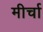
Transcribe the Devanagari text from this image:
मीर्चा